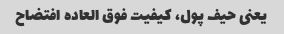
یعنی حیف پول، کیفیت فوق العاده افتضاح